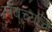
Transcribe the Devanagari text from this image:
लॅबच्याच